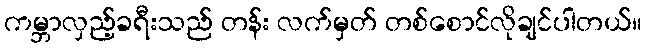
ကမ္ဘာလှည့်ခရီးသည် တန်း လက်မှတ် တစ်စောင်လိုချင်ပါတယ်။